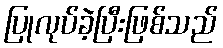
ပြုလုပ်ခဲ့ပြီးဖြစ်သည်